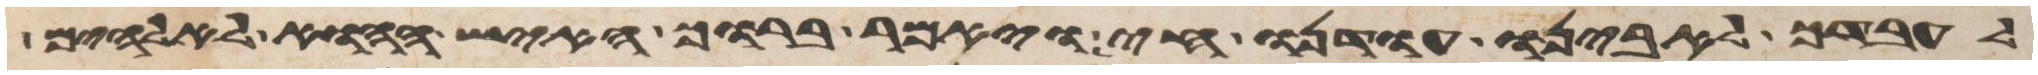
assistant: לעבדך לאבינו עודנו חי ויאמר ברוך האיש ההוא לאלהים